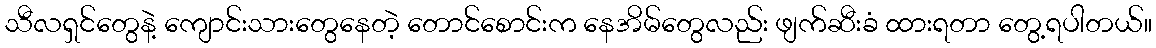
သီလရှင်တွေနဲ့ ကျောင်းသားတွေနေတဲ့ တောင်စောင်းက နေအိမ်တွေလည်း ဖျက်ဆီးခံ ထားရတာ တွေ့ရပါတယ်။